Plague in India, 1896, 1897 - Volume 1
Year: 1896
Disease focus: Plague
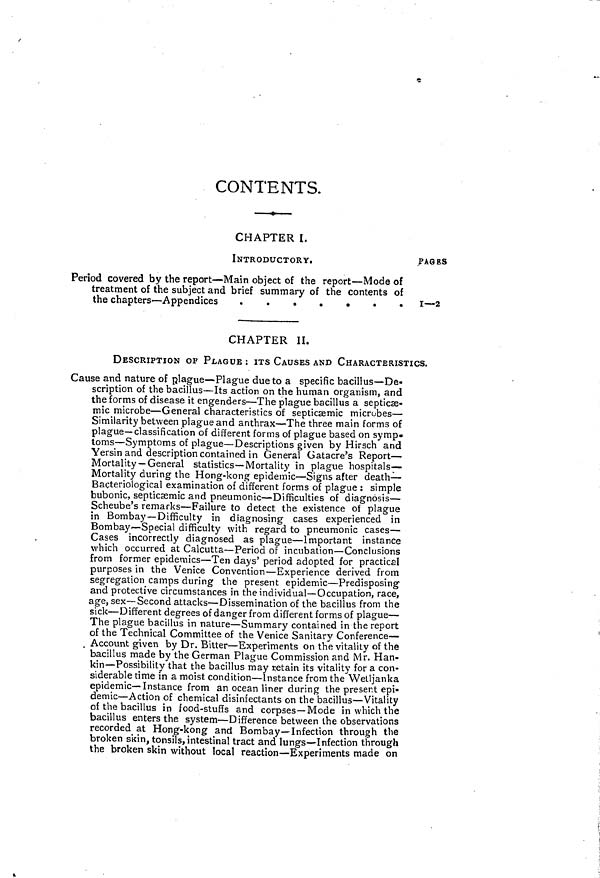
CONTENTS.
CHAPTER I.
INTRODUCTORY.
PAGES
Period covered by the report — Main object of the report — Mode of
treatment of the subject and brief summary of the contents of
the chapters--Appendices
1—2
CHAPTER II.
DESCRIPTION OF PLAGUE : ITS CAUSES AND CHARACTERISTICS.
Cause and nature of plague—Plague due to a specific bacillus—De-
scription of the bacillus—Its action on the human organism, and
the forms of disease it engenders—The plague bacillus a septicæ-
mic microbe—General characteristics of septicæmic microbes—
Similarity between plague and anthrax—The three main forms of
plague—classification of different forms of plague based on symp-
toms—Symptoms of plague—Descriptions given by Hirsch and
Yersin and description contained in General Gatacre's Report—
Mortality —General statistics—Mortality in plague hospitals-
Mortality during the Hong-kong epidemic—Signs after death—
Bacteriological examination of different forms of plague : simple
bubonic, septicæmic and pneumonic—Difficulties of diagnosis—
Scheube's remarks—Failure to detect the existence of plague
in Bombay—Difficulty in diagnosing cases experienced in
Bombay—Special difficulty with regard to pneumonic cases—
Cases incorrectly diagnosed as plague—Important instance
which occurred at Calcutta—Period of incubation—Conclusions
from former epidemics—Ten days' period adopted for practical
purposes in the Venice Convention—Experience derived from
segregation camps during the present epidemic—Predisposing
and protective circumstances in the individual—Occupation, race,
age, sex—Second attacks—Dissemination of the bacillus from the
sick—Different degrees of danger from different forms of plague—
The plague bacillus in nature—Summary contained in the report
of the Technical Committee of the Venice Sanitary Conference—
Account given by Dr. Bitter—Experiments on the vitality of the
bacillus made by the German Plague Commission and Mr. Han-
kin—Possibility that the bacillus may retain its vitality for a con-
siderable time in a moist condition—Instance from the Wetljanka
epidemic—Instance from an ocean liner during the present epi-
demic—Action of chemical disinfectants on the bacillus—Vitality
of the bacillus in food-stuffs and corpses—Mode in which the
bacillus enters the system—Difference between the observations
recorded at Hong-kong and Bombay—Infection through the
broken skin, tonsils, intestinal tract and lungs—Infection through
the broken skin without local reaction—Experiments made on